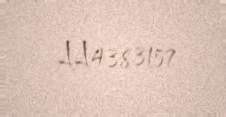
AA4383157